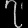
Digit: ၇